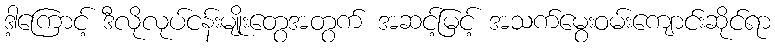
ဒါ့ကြောင့် ဒီလိုလုပ်ငန်းမျိုးတွေအတွက် အဆင့်မြင့် အသက်မွေးဝမ်းကျောင်းဆိုင်ရာ